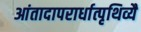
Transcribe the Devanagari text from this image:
आंतादापरार्धात्पृथिव्यै